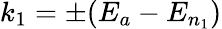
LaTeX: k_{1}=\pm(E_{a}-E_{n_{1}})